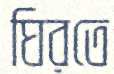
ঘিরতে